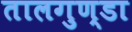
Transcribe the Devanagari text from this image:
तालगुण्डा